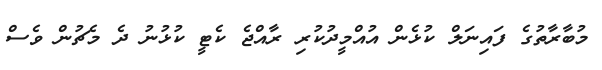
މުބާރާތުގެ ފައިނަލް ކުޅެން އުއްމީދުކުރި ރާއްޖެ ކެޓީ ކުޅުނު ދެ މެޗުން ވެސް